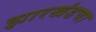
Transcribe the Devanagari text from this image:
झारखंडचा